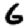
Digit: 6